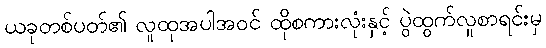
ယခုတစ်ပတ်၏ လူထုအပါအဝင် ထိုစကားလုံးနှင့် ပွဲထွက်လူစာရင်းမှ